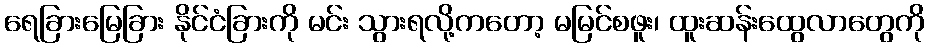
ရေခြားမြေခြား နိုင်ငံခြားကို မင်း သွားရလို့ကတော့ မမြင်စဖူး၊ ထူးဆန်းထွေလာတွေကို